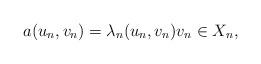
LaTeX: \begin{align*}a(u_n, v_n)= \lambda_n (u_n,v_n) v_n \in X_n,\end{align*}